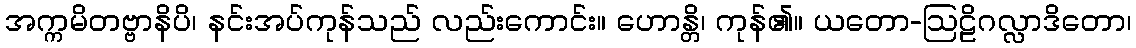
အက္ကမိတဗ္ဗာနိပိ၊ နင်းအပ်ကုန်သည် လည်းကောင်း။ ဟောန္တိ၊ ကုန်၏။ ယတော-ဩဠိဂလ္လာဒိတော၊